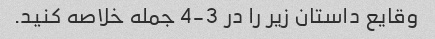
وقایع داستان زیر را در 3-4 جمله خلاصه کنید.